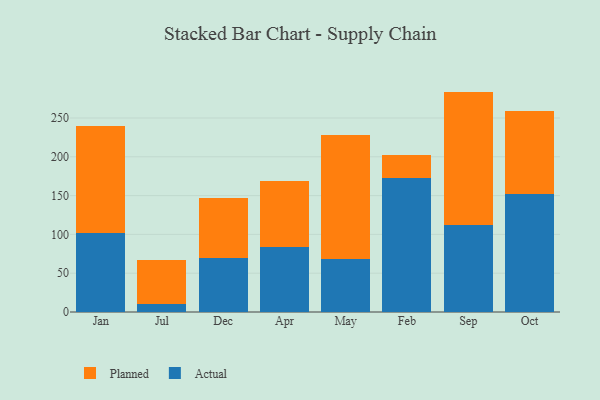
{"axis": {"x": "Month", "y": "Conversion Rate (%)"}, "legend": ["Actual", "Planned"], "data": [{"x": "Jan", "y": 101.2, "type": "Actual"}, {"x": "Jan", "y": 138.4, "type": "Planned"}, {"x": "Jul", "y": 10.3, "type": "Actual"}, {"x": "Jul", "y": 56.4, "type": "Planned"}, {"x": "Dec", "y": 69.6, "type": "Actual"}, {"x": "Dec", "y": 77.2, "type": "Planned"}, {"x": "Apr", "y": 83.4, "type": "Actual"}, {"x": "Apr", "y": 85.9, "type": "Planned"}, {"x": "May", "y": 67.8, "type": "Actual"}, {"x": "May", "y": 160.9, "type": "Planned"}, {"x": "Feb", "y": 172.4, "type": "Actual"}, {"x": "Feb", "y": 29.5, "type": "Planned"}, {"x": "Sep", "y": 111.7, "type": "Actual"}, {"x": "Sep", "y": 172.3, "type": "Planned"}, {"x": "Oct", "y": 151.6, "type": "Actual"}, {"x": "Oct", "y": 107.4, "type": "Planned"}]}